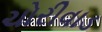
ચોરીવાડ